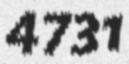
4731